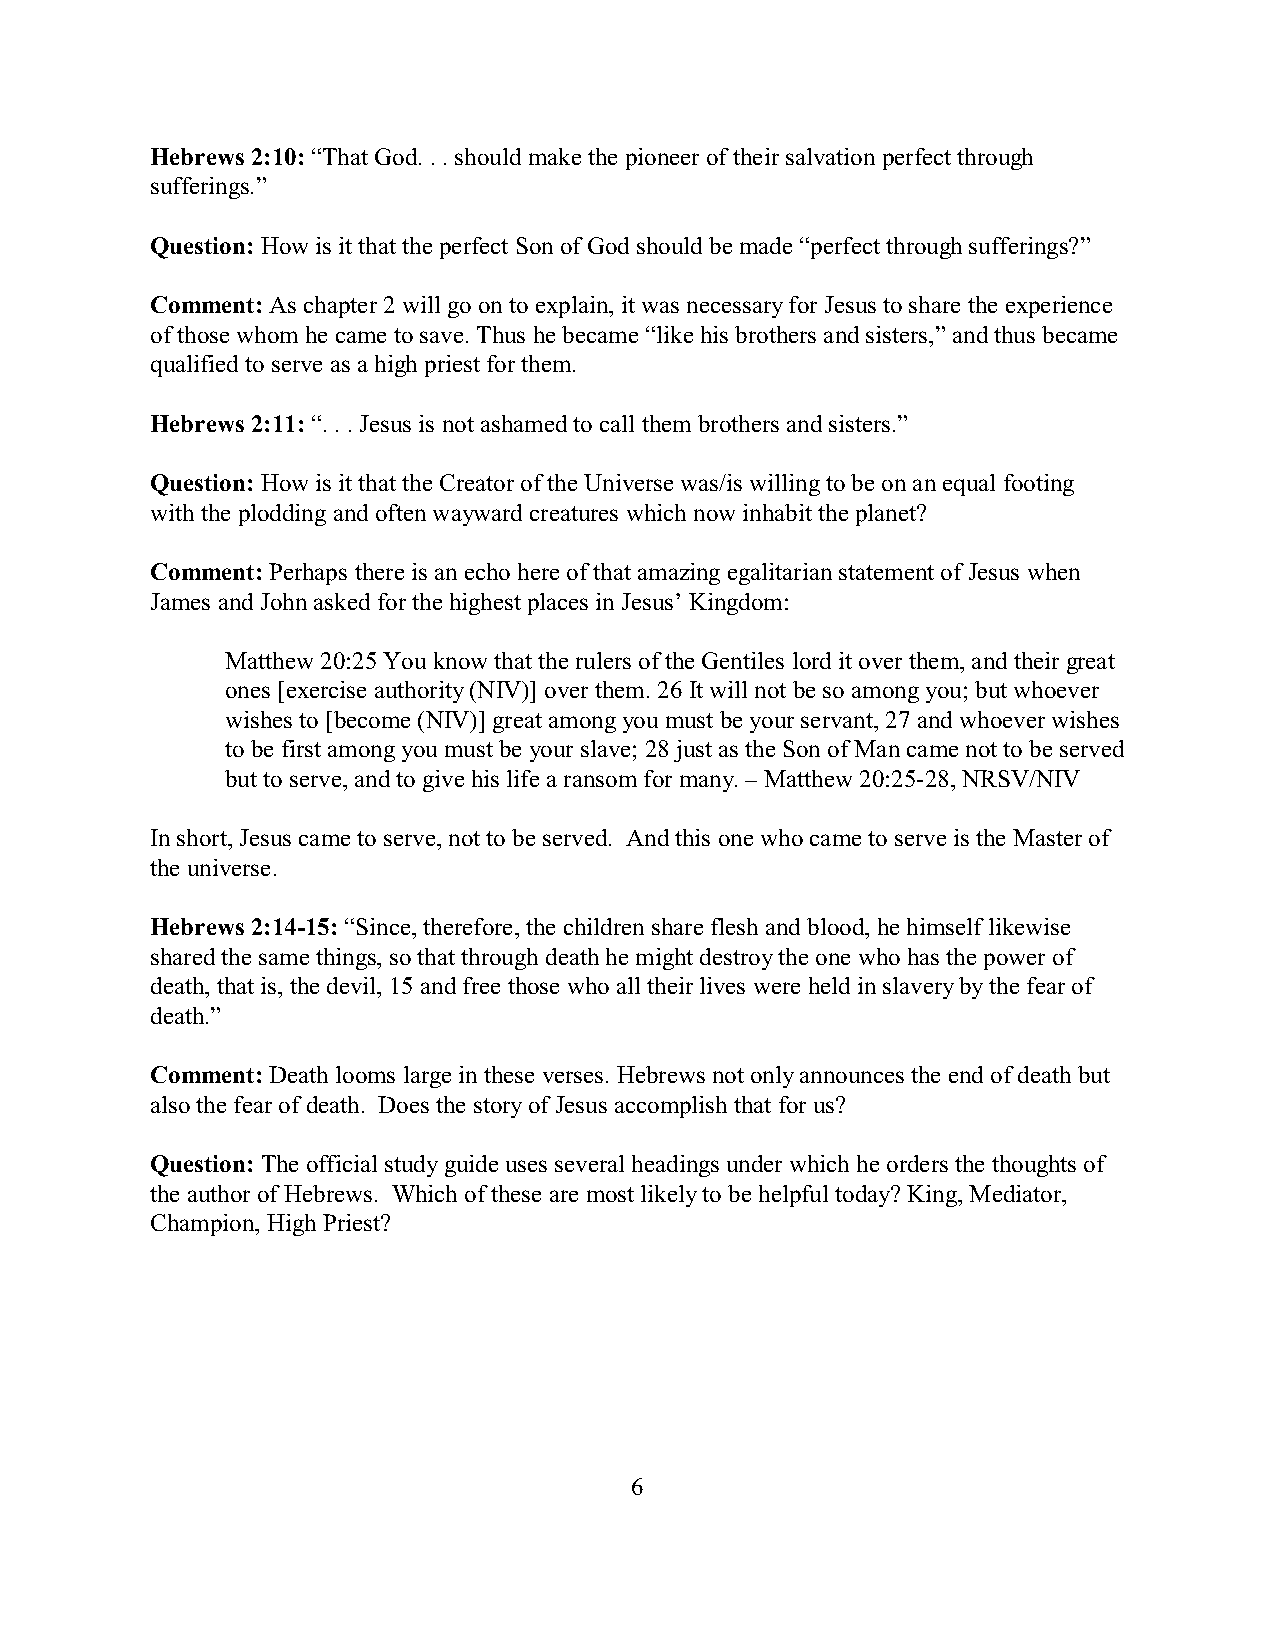
Hebrews 2:10: “That God. . . should make the pioneer of their salvation perfect through
 sufferings.”
 Question: How is it that the perfect Son of God should be made “perfect through sufferings?”
 Comment: As chapter 2 will go on to explain, it was necessary for Jesus to share the experience
 of those whom he came to save. Thus he became “like his brothers and sisters,” and thus became
 qualified to serve as a high priest for them.
 Hebrews 2:11: “. . . Jesus is not ashamed to call them brothers and sisters.”
 Question: How is it that the Creator of the Universe was/is willing to be on an equal footing
 with the plodding and often wayward creatures which now inhabit the planet?
 Comment: Perhaps there is an echo here of that amazing egalitarian statement of Jesus when
 James and John asked for the highest places in Jesus’ Kingdom:
 Matthew 20:25 You know that the rulers of the Gentiles lord it over them, and their great
 ones [exercise authority (NIV)] over them. 26 It will not be so among you; but whoever
 wishes to [become (NIV)] great among you must be your servant, 27 and whoever wishes
 to be first among you must be your slave; 28 just as the Son of Man came not to be served
 but to serve, and to give his life a ransom for many. – Matthew 20:25-28, NRSV/NIV
 In short, Jesus came to serve, not to be served. And this one who came to serve is the Master of
 the universe.
 Hebrews 2:14-15: “Since, therefore, the children share flesh and blood, he himself likewise
 shared the same things, so that through death he might destroy the one who has the power of
 death, that is, the devil, 15 and free those who all their lives were held in slavery by the fear of
 death.”
 Comment: Death looms large in these verses. Hebrews not only announces the end of death but
 also the fear of death. Does the story of Jesus accomplish that for us?
 Question: The official study guide uses several headings under which he orders the thoughts of
 the author of Hebrews. Which of these are most likely to be helpful today? King, Mediator,
 Champion, High Priest?
 6